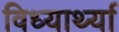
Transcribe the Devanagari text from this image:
विध्यार्थ्या